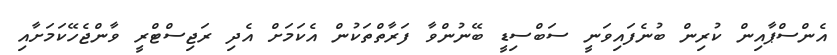
އެންސްޕާއިން ކުރިން ބުނެފައިވަނީ ސަބްސިޑީ ބޭނުންވާ ފަރާތްތަކުން އެކަމަށް އެދި ރަޖިސްޓްރީ ވާންޖެހޭކަމަށާއި